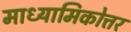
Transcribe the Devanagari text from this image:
माध्यामिकोत्तर